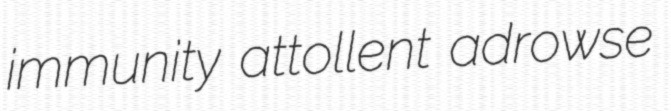
immunity attollent adrowse